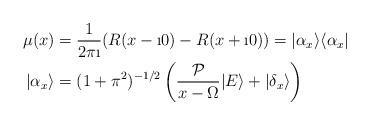
LaTeX: \begin{align*} \mu(x)&= \frac{1}{2\pi \i}(R(x-\i 0)-R(x + \i 0))=|\alpha_x\rangle\langle\alpha_x|\\|\alpha_x\rangle&= (1+\pi^2)^{-1/2}\left(\frac{\mathcal{P}}{x-\Omega}|E\rangle+|\delta_x\rangle\right)\end{align*}